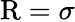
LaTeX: {\mathrm{R}}=\sigma